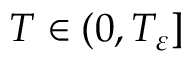
T \in ( 0 , T _ { \varepsilon } ]